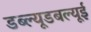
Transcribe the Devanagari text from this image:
डब्ल्यूडबल्यूई